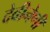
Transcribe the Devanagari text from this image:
देवीनेणी